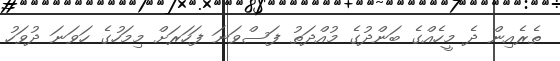
ތެރެއިން ދެ މީހެއްގެ ބަންދުގެ މުއްދަތު ފަސްވަނަ ފަހަރަށް މިމަހުގެ ހަވަނަ ދުވަހު